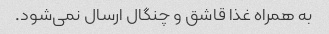
به همراه غذا قاشق و چنگال ارسال نمی‌شود.